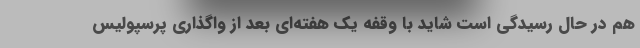
هم در حال رسیدگی است شاید با وقفه یک هفته‌ای بعد از واگذاری پرسپولیس